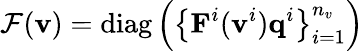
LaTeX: \mathcal{F}(\mathbf{v})=\operatorname{diag}\left(\left\{ \mathbf{F}^{i}(\mathbf{v}^{i})\mathbf{q}^{i}\right\} _{i=1}^{n_{v}}\right)